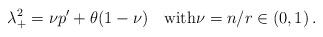
LaTeX: \begin{align*}\lambda_+^2=\nu p'+\theta(1-\nu)\quad\textrm{with}\nu=n/r\in(0,1)\,.\end{align*}